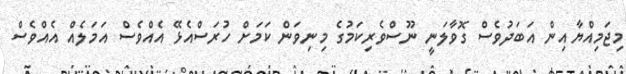
މިޖަމިއްޔާއިން އަބަދުވެސް ގޮވާލަނީ ނޫސްވެރިކަމުގެ މިނިވަން ކަމަށް ހުރަސްއެޅޭ އެއްވެސް އަމަލެއް އެއްވެސް